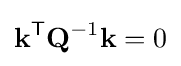
\mathbf {k} ^{\mathsf {T}}\mathbf {Q} ^{-1}\mathbf {k} =0